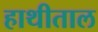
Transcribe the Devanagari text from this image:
हाथीताल